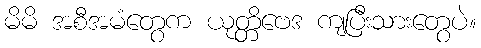
မိမိ အစီအမံတွေက ယုတ္တိဗေဒ ကျပြီးသားတွေပဲ။